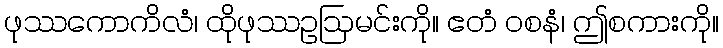
ဖုဿကောကိလံ၊ ထိုဖုဿဥဩမင်းကို။ ဧတံ ဝစနံ၊ ဤစကားကို။